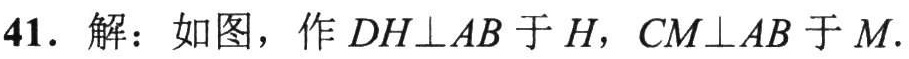
41. 解：如图，作\(DH\perp AB\)于\(H\)，\(CM\perp AB\)于\(M\).